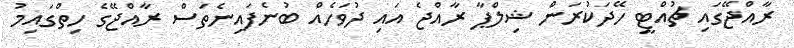
ރާއްޖޭގައި ޗުއްޓީ ހޭދަކުރަން ޝިލްޕާ ރާއްޖެ އައި ދުވަހެއް ބުނެފައިނެތަސް ރާއްޖޭގެ ހިތްގައިމު